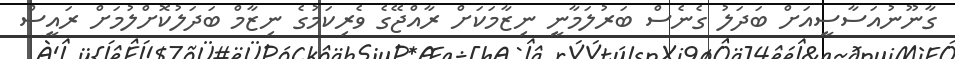
ގާނޫނުއަސާސީއަށް ބަދަލު ގެނެސް ބަރުލަމާނީ ނިޒާމަކަށް ރާއްޖޭގެ ވެރިކަމުގެ ނިޒާމް ބަދަލުކޮށްލުމަށް ރައީސް